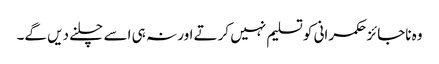
وہ ناجائز حکمرانی کو تسلیم نہیں کرتے اور نہ ہی اسے چلنے دیں گے۔